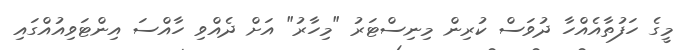
މީގެ ހަފުތާއެއްހާ ދުވަސް ކުރިން މިނިސްޓަރު "މިހާރު" އަށް ދެއްވި ހާއްސަ އިންޓަވިއުއްގައި